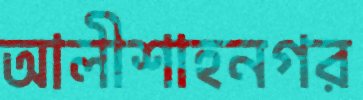
আলীশাহনগর